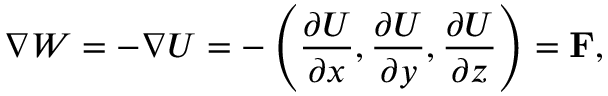
\nabla W = - \nabla U = - \left( { \frac { \partial U } { \partial x } } , { \frac { \partial U } { \partial y } } , { \frac { \partial U } { \partial z } } \right) = \mathbf { F } ,